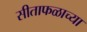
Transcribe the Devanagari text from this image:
सीताफळाच्या